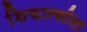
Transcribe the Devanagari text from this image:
शिफारसीला